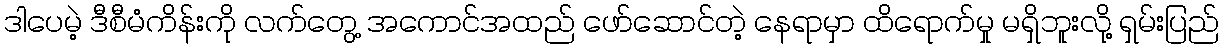
ဒါပေမဲ့ ဒီစီမံကိန်းကို လက်တွေ့ အကောင်အထည် ဖော်ဆောင်တဲ့ နေရာမှာ ထိရောက်မှု မရှိဘူးလို့ ရှမ်းပြည်